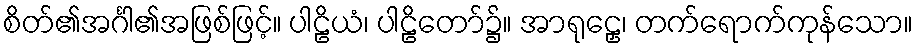
စိတ်၏အင်္ဂါ၏အဖြစ်ဖြင့်။ ပါဠိယံ၊ ပါဠိတော်၌။ အာရုဠှေ၊ တက်ရောက်ကုန်သော။